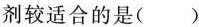
剂较适合的是( )